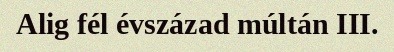
Alig fél évszázad múltán III.